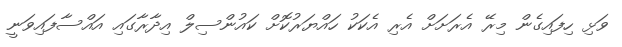
ވަޅި ހިފައިގެން މިރޭ އެރަށަށް އެރި އެކަކު ހައްޔަރުކޮށް ކައުންސިލް އިދާރާގައި އައްސާފައިވަނީ